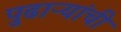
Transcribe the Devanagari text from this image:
पुढाऱ्यांची